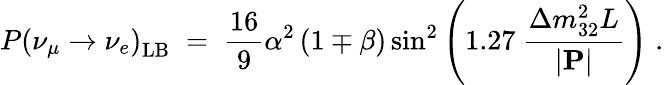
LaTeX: P(\nu_{\mu}\rightarrow\nu_{e})_{\mathrm{LB}}^{~}\; =\; \frac{16}{9}\alpha^{2}\left(1\mp\beta\right)\sin^{2}\left(1.27~\frac{\Delta m_{32}^{2}L}{|{\mathbf P}|}\right)\; .